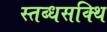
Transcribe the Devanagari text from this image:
स्तब्धसक्थि